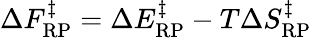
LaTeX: \Delta F_{\mathrm{RP}}^{\ddagger}=\Delta E_{\mathrm{RP}}^{\ddagger}-T\Delta S_{\mathrm{RP}}^{\ddagger}